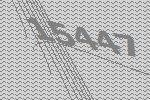
15447